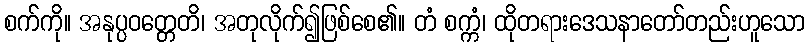
စက်ကို။ အနုပ္ပဝတ္တေတိ၊ အတုလိုက်၍ဖြစ်စေ၏။ တံ စက္ကံ၊ ထိုတရားဒေသနာတော်တည်းဟူသော